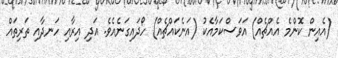
(އެއިން ކޮންމެ އެއްޗެއް) އަވަސްކަމާއެކު (އަނެކައްޗެއް) ހޯދައިގަނެއެވެ. އަދި އިރާއި ހަނދާއި ތަރިތައް